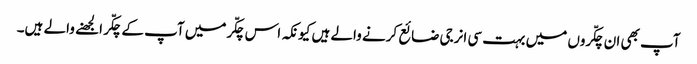
آپ بھی ان چکّروں میں بہت سی انرجی ضائع کرنے والے ہیں کیونکہ اس چکّرمیں آپ کے چکّر الجھنے والے ہیں۔